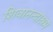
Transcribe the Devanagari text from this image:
शिवानन्दाश्रम